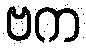
ဗက